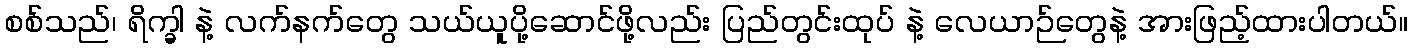
စစ်သည်၊ ရိက္ခါ နဲ့ လက်နက်တွေ သယ်ယူပို့ဆောင်ဖို့လည်း ပြည်တွင်းထုပ် နဲ့ လေယာဉ်တွေနဲ့ အားဖြည့်ထားပါတယ်။